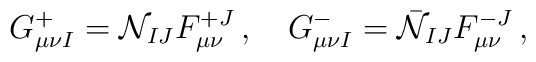
G^+_{\mu\nu I}={\cal N}_{IJ}F^{+J}_{\mu\nu}\,,\quad G^-_{\mu\nu I}=\bar{\cal N}_{IJ}F^{-J}_{\mu\nu}\,,